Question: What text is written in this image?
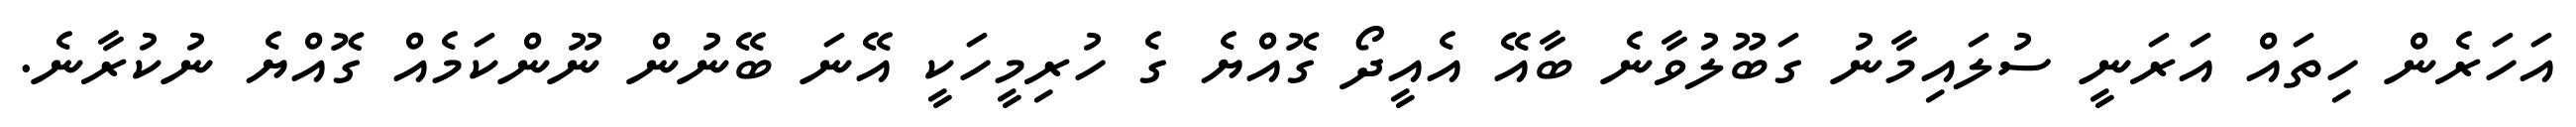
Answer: އަހަރެން ހިތައް އަރަނީ ސުލައިމާނު ގަބޫލުވާނެ ބާއޭ އެއީދޯ ގޮއްޔެ ގެ ހުރިމީހަކީ އޭނަ ބޭނުން ނޫންކަމެއް ގޮއްޔެ ނުކުރާނެ.